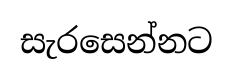
සැරසෙන්නට